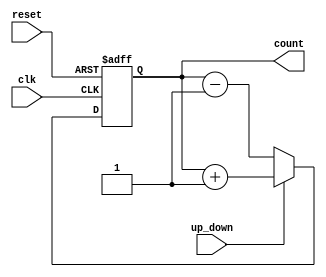
module up_down_counter (
 input clk,
 input reset,
 input up_down,
 output reg [3:0] count
);
always @(posedge clk or posedge reset) begin
 if (reset) begin
 count <= 4'b0000;
 end else if (up_down) begin
 count <= count + 1;
 end else begin
 count <= count - 1;
 end
end
endmodule